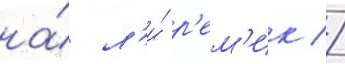
на́ л'и́ р'ем'ик //